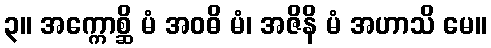
၃။ အက္ကောစ္ဆိ မံ အဝဓိ မံ၊ အဇိနိ မံ အဟာသိ မေ။